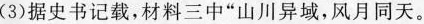
(3)据史书记载，材料三中”山川异域，风月同天。